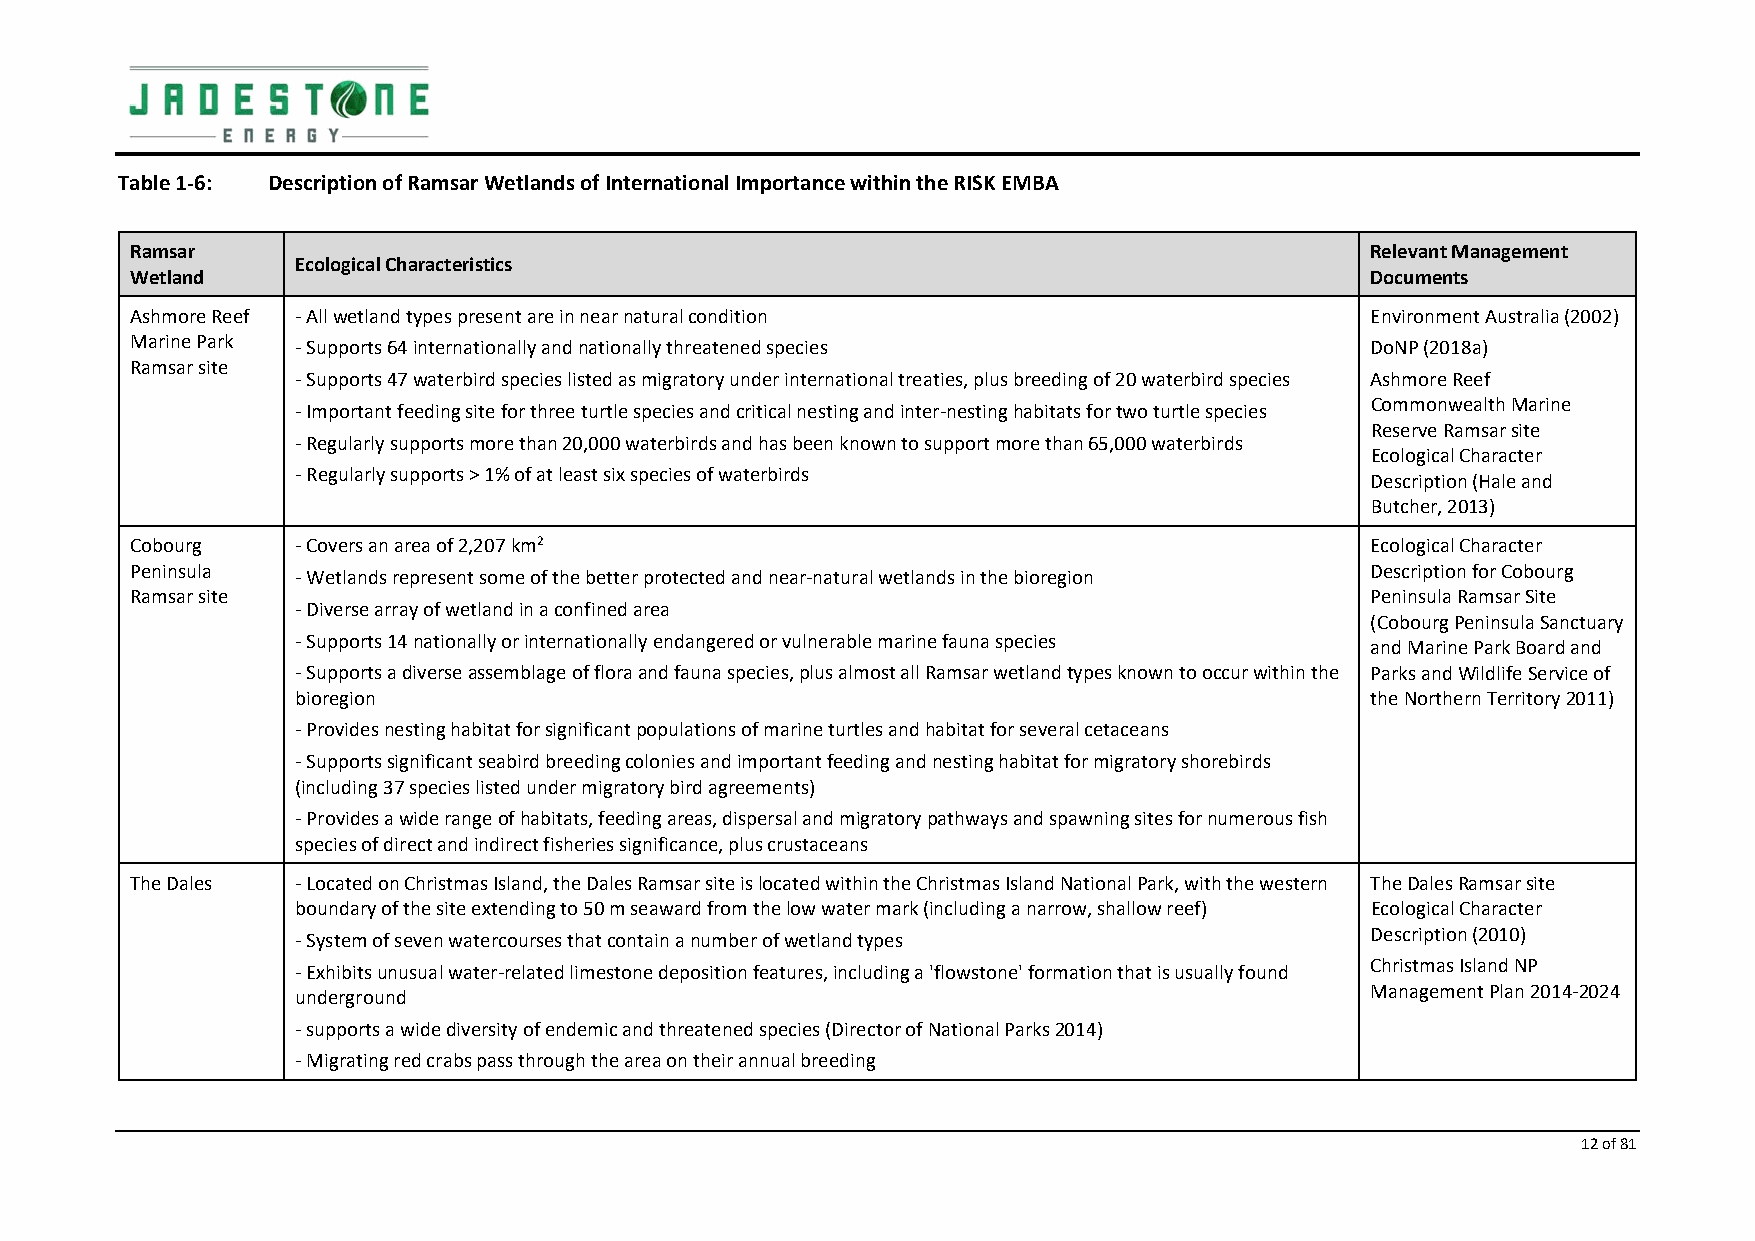
Table 1‐6: Description of Ramsar Wetlands of International Importance within the RISK EMBA
 Ramsar                                                                            Relevant Management
 Ecological Characteristics
 Wetland                                                                           Documents
 Ashmore Reef ‐ All wetland types present are in near natural condition            Environment Australia (2002)
 Marine Park
 ‐ Supports 64 internationally and nationally threatened species        DoNP (2018a)
 Ramsar site
 ‐ Supports 47 waterbird species listed as migratory under international treaties, plus breeding of 20 waterbird species Ashmore Reef
 Commonwealth Marine
 ‐ Important feeding site for three turtle species and critical nesting and inter‐nesting habitats for two turtle species
 Reserve Ramsar site
 ‐ Regularly supports more than 20,000 waterbirds and has been known to support more than 65,000 waterbirds
 Ecological Character
 ‐ Regularly supports > 1% of at least six species of waterbirds
 Description (Hale and
 Butcher, 2013)
 Cobourg    ‐ Covers an area of 2,207 km2                                          Ecological Character
 Peninsula                                                                         Description for Cobourg
 ‐ Wetlands represent some of the better protected and near‐natural wetlands in the bioregion
 Ramsar site                                                                       Peninsula Ramsar Site
 ‐ Diverse array of wetland in a confined area
 (Cobourg Peninsula Sanctuary
 ‐ Supports 14 nationally or internationally endangered or vulnerable marine fauna species
 and Marine Park Board and
 ‐ Supports a diverse assemblage of flora and fauna species, plus almost all Ramsar wetland types known to occur within the Parks and Wildlife Service of
 bioregion                                                              the Northern Territory 2011)
 ‐ Provides nesting habitat for significant populations of marine turtles and habitat for several cetaceans
 ‐ Supports significant seabird breeding colonies and important feeding and nesting habitat for migratory shorebirds
 (including 37 species listed under migratory bird agreements)
 ‐ Provides a wide range of habitats, feeding areas, dispersal and migratory pathways and spawning sites for numerous fish
 species of direct and indirect fisheries significance, plus crustaceans
 The Dales  ‐ Located on Christmas Island, the Dales Ramsar site is located within the Christmas Island National Park, with the western The Dales Ramsar site
 boundary of the site extending to 50 m seaward from the low water mark (including a narrow, shallow reef) Ecological Character
 ‐ System of seven watercourses that contain a number of wetland types  Description (2010)
 ‐ Exhibits unusual water‐related limestone deposition features, including a 'flowstone' formation that is usually found Christmas Island NP
 underground                                                            Management Plan 2014‐2024
 ‐ supports a wide diversity of endemic and threatened species (Director of National Parks 2014)
 ‐ Migrating red crabs pass through the area on their annual breeding
 12 of 81